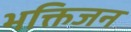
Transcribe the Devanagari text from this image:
भक्तिजन